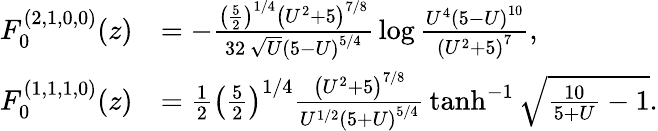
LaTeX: \begin{array}{rl}{F_{0}^{(2,1,0,0)}(z)}&{=-\frac{\left(\frac{5}{2}\right)^{1/4}\left(U^{2}+5\right)^{7/8}}{32\, \sqrt{U}\left(5-U\right)^{5/4}}\, \log\frac{U^{4}\left(5-U\right)^{10}}{\left(U^{2}+5\right)^{7}},}\\ {F_{0}^{(1,1,1,0)}(z)}&{=\frac{1}{2}\left(\frac{5}{2}\right)^{1/4}\frac{\left(U^{2}+5\right)^{7/8}}{U^{1/2}\left(5+U\right)^{5/4}}\, \operatorname{tanh}^{-1}\sqrt{\frac{10}{5+U}-1}.}\end{array}